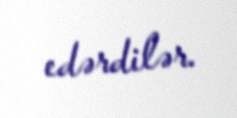
edərdilər.